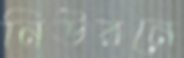
নিউরনে